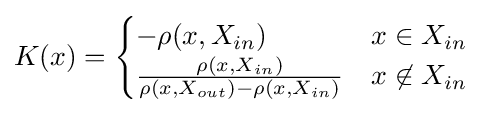
K(x)={\begin{cases}-\rho (x,X_{in})&x\in {X_{in}}\\{\frac {\rho (x,X_{in})}{\rho (x,X_{out})-\rho (x,X_{in})}}&x\not \in {X_{in}}\end{cases}}